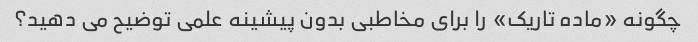
چگونه «ماده تاریک» را برای مخاطبی بدون پیشینه علمی توضیح می دهید؟